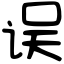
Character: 误